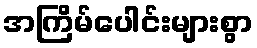
အကြိမ်ပေါင်းများစွာ